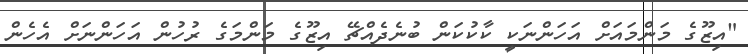
"އިޒޫގެ މަންމައަށް އަހަންނަކީ ކާކުކަން ބުނެދެއްޗޭ އިޒޫގެ މަންމަގެ ރުހުން އަހަންނަށް އެހެން